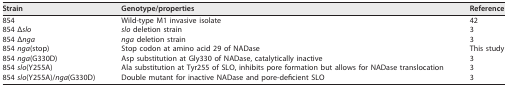
<table><thead><tr><td><b>Strain</b></td><td><b>Genotype/properties</b></td><td><b>Reference</b></td></tr></thead><tbody><tr><td>854</td><td>Wild-type M1 invasive isolate</td><td>42</td></tr><tr><td>854 Δ<i>slo</i></td><td><i>slo</i> deletion strain</td><td>3</td></tr><tr><td>854 Δ<i>nga</i></td><td><i>nga</i> deletion strain</td><td>3</td></tr><tr><td>854 <i>nga</i>(stop)</td><td>Stop codon at amino acid 29 of NADase</td><td>This study</td></tr><tr><td>854 <i>nga</i>(G330D)</td><td>Asp substitution at Gly330 of NADase, catalytically inactive</td><td>3</td></tr><tr><td>854 <i>slo</i>(Y255A)</td><td>Ala substitution at Tyr255 of SLO, inhibits pore formation but allows for NADase translocation</td><td>3</td></tr><tr><td>854 <i>slo</i>(Y255A)/<i>nga</i>(G330D)</td><td>Double mutant for inactive NADase and pore-deficient SLO</td><td>3</td></tr></tbody></table>